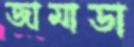
জামাডা